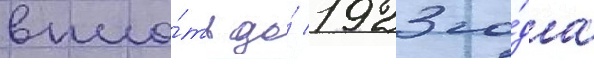
впло́ть до́ 1923 го́да